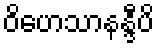
ဝိဟေသာနန္ဒီပိ